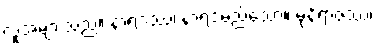
လူအများသည်။ နာရဒဿ၊ နာရဒမည်သော။ မုနိရာဇဿ၊